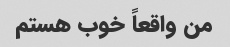
من واقعاً خوب هستم